Report on horse surra - Volume I
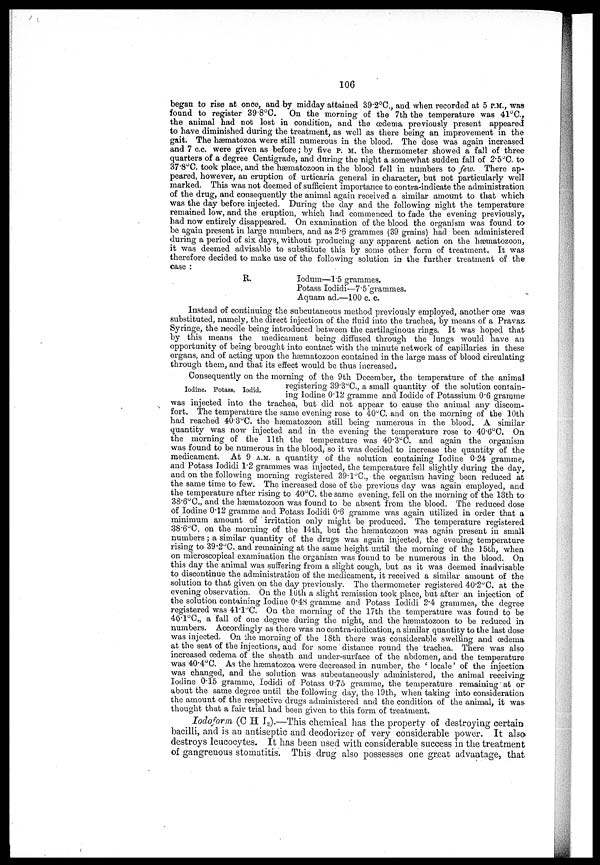
106
began to rise at once, and by midday attained 89.2°C., and when recorded at 5 P.M., was
found to register 39.8°C. On the morning of the 7th the temperature was 41°C.,
the animal had not lost in condition, and the oedema previously present appeared
to have diminished during the treatment, as well as there being an improvement in the
gait. The hæmatozoa were still numerous in the blood. The dose was again increased
and 7 c.c. were given as before; by five P. M. the thermometer showed a fall of three
quarters of a degree Centigrade, and during the night a somewhat sudden fall of 2.5°C. to
37.8°C. took place, and the hæmatozoon in the blood fell in numbers to few. There ap-
peared, however, an eruption of urticaria general in character, but not particularly well
marked. This was not deemed of sufficient importance to contra-indicate the administration
of the drug, and consequently the animal again received a similar amount to that which
was the day before injected. During the day and the following night the temperature
remained low, and the eruption, which had commenced to fade the evening previously,
had now entirely disappeared. On examination of the blood the organism was found to-
be again present in large numbers, and as 2.6 grammes (39 grains) had been administered
during a period of six days, without producing any apparent action on the hæmatozoon,
it was deemed advisable to substitute this by some other form of treatment. It was
therefore decided to make use of the following solution in the further treatment of the
case :
R.
Iodum—1.5 grammes.
Potass Iodidi—7.5 grammes.
Aquam ad.—100 c. c.
Instead of continuing the subcutaneous method previously employed, another one was
substituted, namely, the direct injection of the fluid into the trachea, by means of a Pravaz.
Syringe, the needle being introduced between the cartilaginous rings. It was hoped that
by this means the medicament being diffused through the lungs would have an
opportunity of being brought into contact with the minute network of capillaries in these
organs, and of acting upon the hæmatozoon contained in the large mass of blood circulating
through them, and that its effect would be thus increased.
Iodine, Pastass. Iodid
Consequently on the morning of the 9th December, the temperature of the animal
registering 39.3°C., a small quantity of the solution contain-
ing
Iodin.12,gramme
and
Iodide
of
Potassium 0.6 gramme
was injected into the trachea, but did not appear to cause the animal any discom-
fort. The temperature the same evening rose to 40°C. and on the morning of the 10th
had reached 40.3 o C. the hæmatozoon still being numerous in the blood. A similar
quantity was now injected and in the evening the temperature rose to 40.6°C. On
the morning of the 11th the temperature was 40.3°C. and again the organism
was found to be numerous in the blood, so it was decided to increase the quantity of the
medicament. At 9 A.M. a quantity of the solution containing Iodine 0.24 gramme,
and Potass Iodidi 1.2 grammes was injected, the temperature fell slightly during the day,
and on the following morning registered 39.1°C., the organism having been reduced at
the same time to few. The increased dose of the previous day was again employed, and
the temperature after rising to 40°C. the same evening, fell on the morning of the 13th to
38.6°C, and the hæmatozoon was found to be absent from the blood. The reduced dose
of Iodine 0.12 gramme and Potass Iodidi 0.6 gramme was again utilized in order that a
minimum amount of irritation only might be produced. The temperature registered
38.6°C. on the morning of the 14th, but the hæmatozoon was again present in small
numbers; a similar quantity of the drugs was again injected, the evening temperature
rising to 39.2°C..and remaining at the same height until the morning of the 15th, when
on microscopical examination the organism was found to be numerous in the blood. On
this day the animal was suffering from a slight cough, but as it was deemed inadvisable
to discontinue the administration of the medicament, it received a similar amount of the
solution to that given on the day previously. The thermometer registered 40.2°C. at the
evening observation. On the 16th a slight remission took place, but after an injection of
the solution containing Iodine 0.48 gramme and Potass Iodidi 2.4 grammes, the degree
registered was 41.1°C On the morning of the 17th the temperature was found to be
40.1°C., a fall of one degree during the night, and the hæmatozoon to be reduced in
numbers. Accordingly as there was no contra-indication, a similar quantity to the last dose
was injected. On the morning of the 18th there was considerable swelling and oedema.
at the seat of the injections, and for some distance round the trachea. There was also
increased oedema of the sheath. and under-surface of the abdomen, and the temperature
was 40.4 o C. As the hæmatozoa were decreased in number, the ' locale' of the injection
was changed, and the solution was subcutaneously administered, the animal receiving
Iodine 0.15 gramme, Iodidi of Potass 0.75 gramme, the temperature remaining at or
about the same degree until the following day, the 19th, when taking into consideration
the amount of the respective drugs administered and the condition of the animal, it was-
thought that a fair trial.had been given to this form of treatment.
Iodoform (C H I 3 ).—This chemical has the property of destroying certain
bacilli, and is an antiseptic and deodorizer of very considerable power. It also
destroys leucocytes. It has been used with considerable success in the treatment
of gangrenous stomatitis. This drug also possesses one great advantage, that